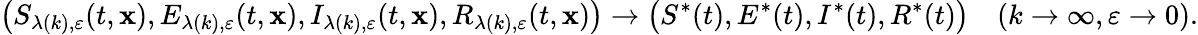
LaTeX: \left(S_{\lambda(k),\varepsilon}(t,\mathbf{x}),E_{\lambda(k),\varepsilon}(t,\mathbf{x}),I_{\lambda(k),\varepsilon}(t,\mathbf{x}),R_{\lambda(k),\varepsilon}(t,\mathbf{x})\right)\rightarrow\bigl(S^{*}(t),E^{*}(t),I^{*}(t),R^{*}(t)\bigr)\quad(k\rightarrow\infty,\varepsilon\rightarrow0).